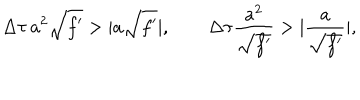
\Delta \tau \, a ^ { 2 } \sqrt { f ^ { \prime } } > \vert a \sqrt { f ^ { \prime } } \vert , \qquad \Delta \tau \frac { a ^ { 2 } } { \sqrt { f ^ { \prime } } } > \vert \frac a { \sqrt { f ^ { \prime } } } \vert ,